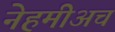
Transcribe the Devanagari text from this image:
नेहमीअच